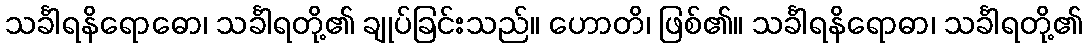
သင်္ခါရနိရောဓော၊ သင်္ခါရတို့၏ ချုပ်ခြင်းသည်။ ဟောတိ၊ ဖြစ်၏။ သင်္ခါရနိရောဓာ၊ သင်္ခါရတို့၏